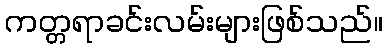
ကတ္တရာခင်းလမ်းများဖြစ်သည်။